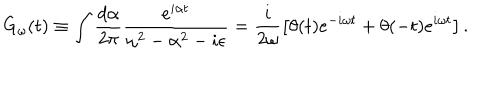
G _ { \omega } ( t ) \equiv \int \frac { d \alpha } { 2 \pi } \frac { e ^ { i \alpha t } } { \omega ^ { 2 } - \alpha ^ { 2 } - i \epsilon } = \frac { i } { 2 \omega } \left[ \theta ( t ) e ^ { - i \omega t } + \theta ( - t ) e ^ { i \omega t } \right] .